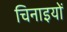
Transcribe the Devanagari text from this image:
चिनाइयों